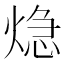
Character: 𤌀